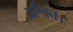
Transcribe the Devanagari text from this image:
अश्विन।